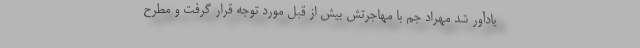
یادآور شد مهراد جم با مهاجرتش بیش از قبل مورد توجه قرار گرفت و مطرح